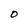
Character: O